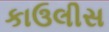
કાઉલીસ